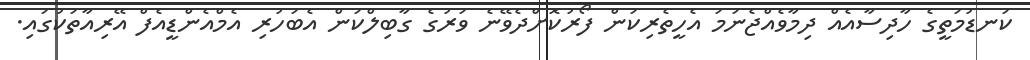
ކަނޑުމަތީގެ ހާދިސާއެއް ދިމާވެއްޖެނަމަ އެހީތެރިކަން ފޯރުކޮށްދެވޭނެ ވަރުގެ ގާބިލްކަން އެބަހުރި އެމްއެންޑީއެފް އޭރިއާތަކުގައި.